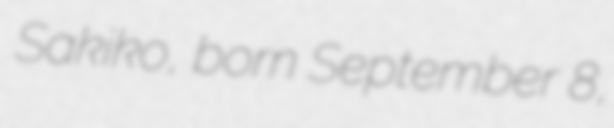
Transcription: Sakiko, born September 8,